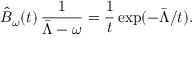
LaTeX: \hat { B } _ { \omega } ( t ) \, \frac { 1 } { \bar { \Lambda } - \omega } = \frac { 1 } { t } \exp ( - \bar { \Lambda } / t ) .